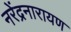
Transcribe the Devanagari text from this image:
नरेंद्रनारायण